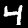
Digit: 4